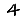
Digit: 4